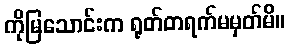
ကိုမြသောင်းက ရုတ်တရက်မမှတ်မိ။